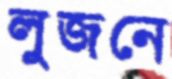
লুজনে